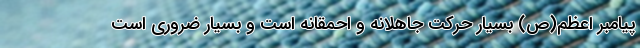
پیامبر اعظم(ص) بسیار حرکت جاهلانه و احمقانه است و بسیار ضروری است